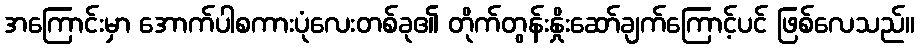
အကြောင်းမှာ အောက်ပါစကားပုံလေးတစ်ခု၏ တိုက်တွန်းနှိုးဆော်ချက်ကြောင့်ပင် ဖြစ်လေသည်။